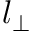
l _ { \perp }